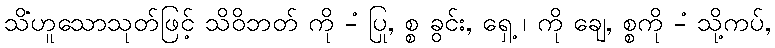
သိံဟူသောသုတ်ဖြင့် သိဝိဘတ် ကို -ံ ပြု, စ္စ ခွင်း, ရှေ့ ၊ ကို ချေ, စ္စကို -ံ သို့ကပ်,